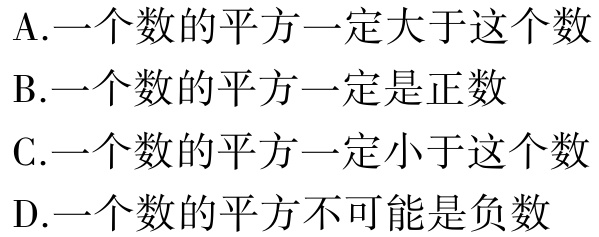
A.一个数的平方一定大于这个数
B.一个数的平方一定是正数
C.一个数的平方一定小于这个数
D.一个数的平方不可能是负数